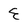
Character: E